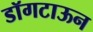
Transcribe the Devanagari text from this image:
डॉगटाऊन